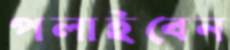
পলাইবেন